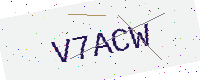
Text: V7ACW